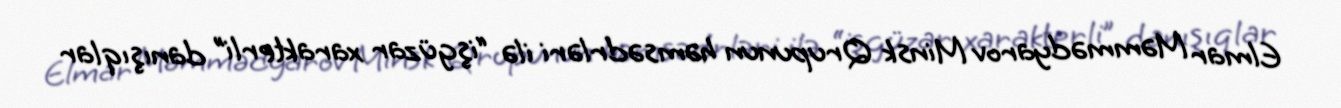
Elmar Məmmədyarov Minsk Qrupunun həmsədrləri ilə “işgüzar xarakterli” danışıqlar